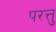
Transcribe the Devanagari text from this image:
परत्तु